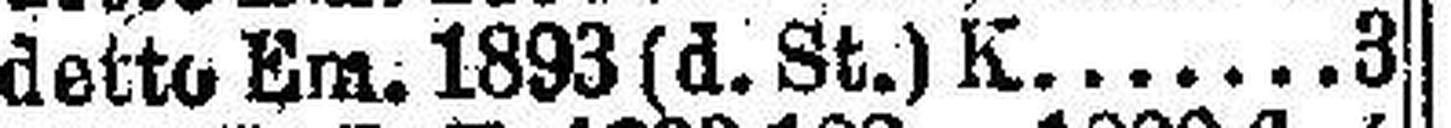
detto Em. 1893 (d. St.) K. 3